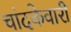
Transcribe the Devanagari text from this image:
चांदकेवारी